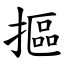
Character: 摳